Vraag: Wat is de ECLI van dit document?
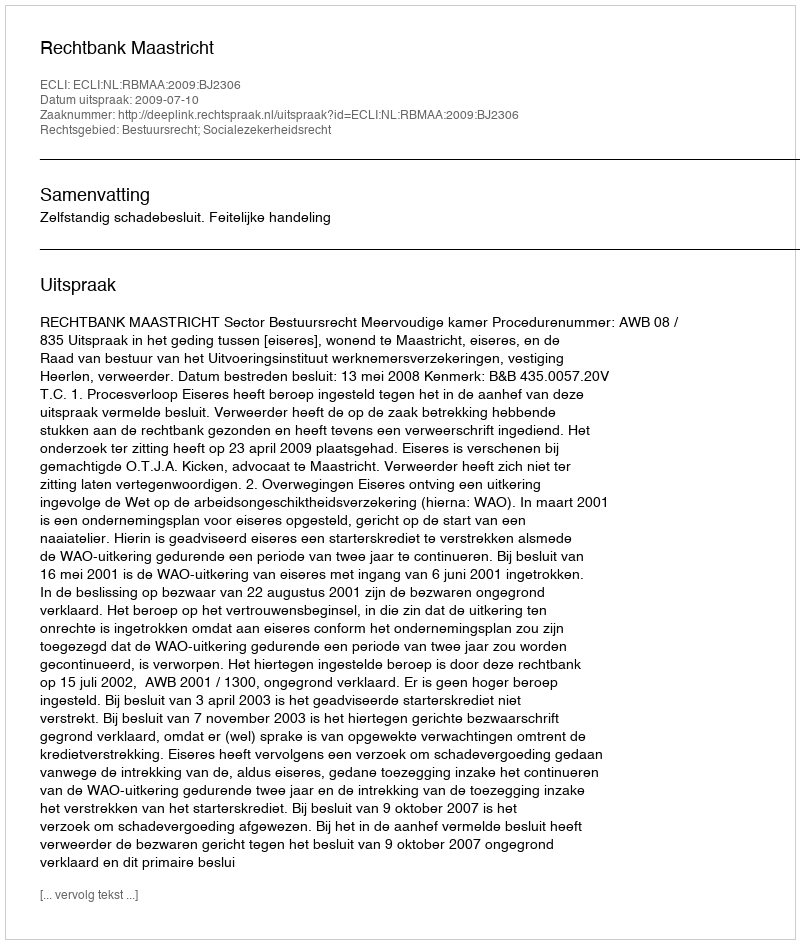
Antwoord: ECLI:NL:RBMAA:2009:BJ2306